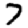
Digit: 7